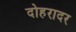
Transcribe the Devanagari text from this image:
दोहरादर